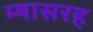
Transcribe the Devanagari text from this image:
म्षासरह